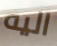
اليه